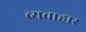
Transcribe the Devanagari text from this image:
व्यवाहार